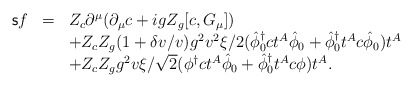
\begin{align*}\begin{array}{rcl}{\sf s}f&=&Z_c\partial^{\mu}(\partial_{\mu}c+igZ_g[c,G_{\mu}])\\&&+Z_cZ_g(1+\delta v/v)g^2v^2\xi/2(\hat{\phi}_0^{\dagger}ct^A\hat{\phi}_0+\hat{\phi}_0^{\dagger}t^Ac\hat{\phi}_0)t^A \\&&+Z_cZ_gg^2v\xi/\sqrt{2}(\phi^{\dagger}ct^A\hat{\phi}_0+\hat{\phi}_0^{\dagger}t^Ac\phi)t^A.\end{array}\end{align*}